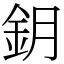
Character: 鈅